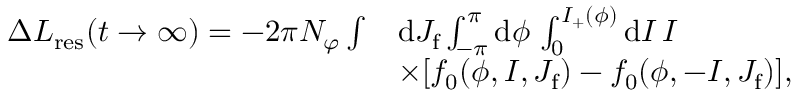
\begin{array} { r l } { \Delta L _ { \mathrm { r e s } } ( t \to \infty ) = - 2 \pi N _ { \varphi } \int } & { \mathrm { d } J _ { \mathrm { f } } \int _ { - \pi } ^ { \pi } \mathrm { d } \phi \, \int _ { 0 } ^ { I _ { + } ( \phi ) } \mathrm { d } I \, I } \\ & { \times [ f _ { 0 } ( \phi , I , J _ { \mathrm { f } } ) - f _ { 0 } ( \phi , - I , J _ { \mathrm { f } } ) ] , } \end{array}